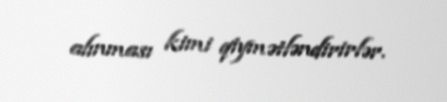
alınması kimi qiymətləndirirlər.